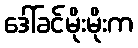
ဒေါ်ခင်မိုးမိုးက